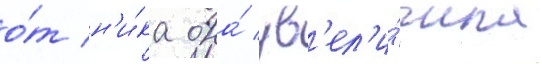
о́т н'и́ка она́ ув'ел'и́чила